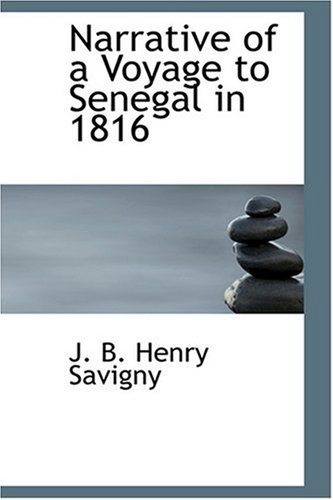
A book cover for Narrative of a Voyage to Senegal in 1816; J. B. Henry Savigny; Travel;